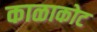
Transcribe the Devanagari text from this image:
काळाकोट